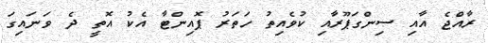
ރާއްޖެ އާއި ސިންގަޕޫރާއި ކުވެއިތު ހަތަރު ޕޮއިންޓާ އެކު އޮތީ ދެ ވަނައިގަ